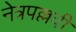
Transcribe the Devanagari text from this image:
नेत्रपल्लवी